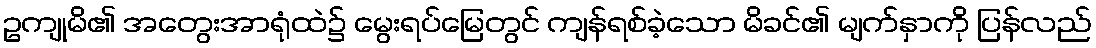
ဥကျုမိ၏ အတွေးအာရုံထဲ၌ မွေးရပ်မြေတွင် ကျန်ရစ်ခဲ့သော မိခင်၏ မျက်နှာကို ပြန်လည်